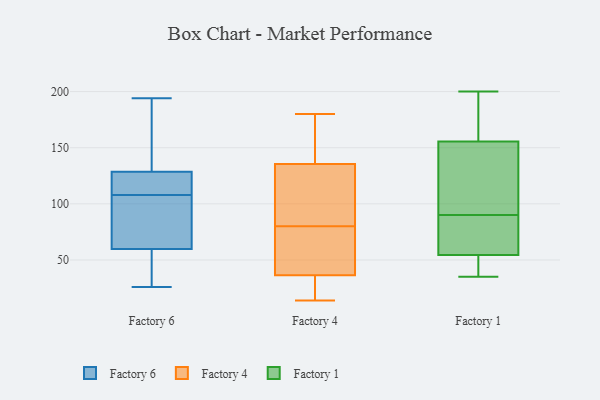
{"axis": {"x": "Gross Profit (USD K)", "y": "Value"}, "legend": ["Factory 1", "Factory 4", "Factory 6"], "data": [{"x": "", "y": 171, "type": "Factory 6"}, {"x": "", "y": 149, "type": "Factory 6"}, {"x": "", "y": 115, "type": "Factory 6"}, {"x": "", "y": 26, "type": "Factory 6"}, {"x": "", "y": 86, "type": "Factory 6"}, {"x": "", "y": 42, "type": "Factory 6"}, {"x": "", "y": 46, "type": "Factory 6"}, {"x": "", "y": 86, "type": "Factory 6"}, {"x": "", "y": 194, "type": "Factory 6"}, {"x": "", "y": 108, "type": "Factory 6"}, {"x": "", "y": 133, "type": "Factory 6"}, {"x": "", "y": 112, "type": "Factory 6"}, {"x": "", "y": 108, "type": "Factory 6"}, {"x": "", "y": 59, "type": "Factory 6"}, {"x": "", "y": 62, "type": "Factory 6"}, {"x": "", "y": 180, "type": "Factory 4"}, {"x": "", "y": 17, "type": "Factory 4"}, {"x": "", "y": 68, "type": "Factory 4"}, {"x": "", "y": 151, "type": "Factory 4"}, {"x": "", "y": 92, "type": "Factory 4"}, {"x": "", "y": 173, "type": "Factory 4"}, {"x": "", "y": 48, "type": "Factory 4"}, {"x": "", "y": 111, "type": "Factory 4"}, {"x": "", "y": 121, "type": "Factory 4"}, {"x": "", "y": 17, "type": "Factory 4"}, {"x": "", "y": 14, "type": "Factory 4"}, {"x": "", "y": 67, "type": "Factory 4"}, {"x": "", "y": 50, "type": "Factory 4"}, {"x": "", "y": 102, "type": "Factory 4"}, {"x": "", "y": 150, "type": "Factory 4"}, {"x": "", "y": 25, "type": "Factory 4"}, {"x": "", "y": 56, "type": "Factory 1"}, {"x": "", "y": 42, "type": "Factory 1"}, {"x": "", "y": 96, "type": "Factory 1"}, {"x": "", "y": 53, "type": "Factory 1"}, {"x": "", "y": 95, "type": "Factory 1"}, {"x": "", "y": 159, "type": "Factory 1"}, {"x": "", "y": 200, "type": "Factory 1"}, {"x": "", "y": 85, "type": "Factory 1"}, {"x": "", "y": 35, "type": "Factory 1"}, {"x": "", "y": 152, "type": "Factory 1"}, {"x": "", "y": 81, "type": "Factory 1"}, {"x": "", "y": 188, "type": "Factory 1"}]}